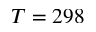
T = 2 9 8